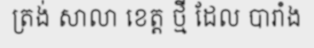
ត្រង់ សាលា ខេត្ត ថ្មី ដែល បារាំង